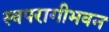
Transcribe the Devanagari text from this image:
स्वपरागीभवन